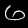
Label: 6